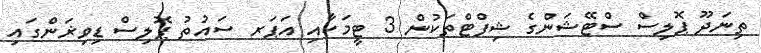
ތިނަދޫ ޕޮލިސް ސްޓޭޝަންގެ ޝިފްޓްތަކުން 3 ޓީމަކާއި އަޕަރ ސައުތު ޕޮލިސް ޑިވިޜަންގައި